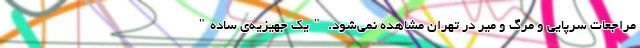
مراجعات سرپایی و مرگ و میر در تهران مشاهده نمی‌شود. "یک جهیزیه‌ی ساده"